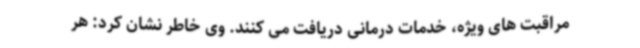
مراقبت های ویژه، خدمات درمانی دریافت می کنند. وی خاطر نشان کرد: هر